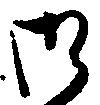
御